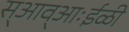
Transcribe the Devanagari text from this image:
स्आव्आःईळी